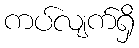
ကပ်လျက်ရှိ